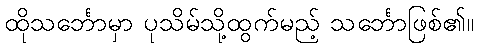
ထိုသင်္ဘောမှာ ပုသိမ်သို့ထွက်မည့် သင်္ဘောဖြစ်၏။